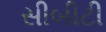
સીબીટી